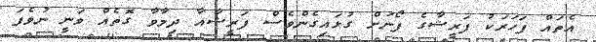
އެތައް ފަހަރަކު ފަރީޝާގެ ފޯނަށް ގުޅައިގެންވެސް ފަރީޝާއާ ދިމާވާ ގޮތެއް ވަނީ ނުވެފަ